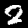
Label: 2